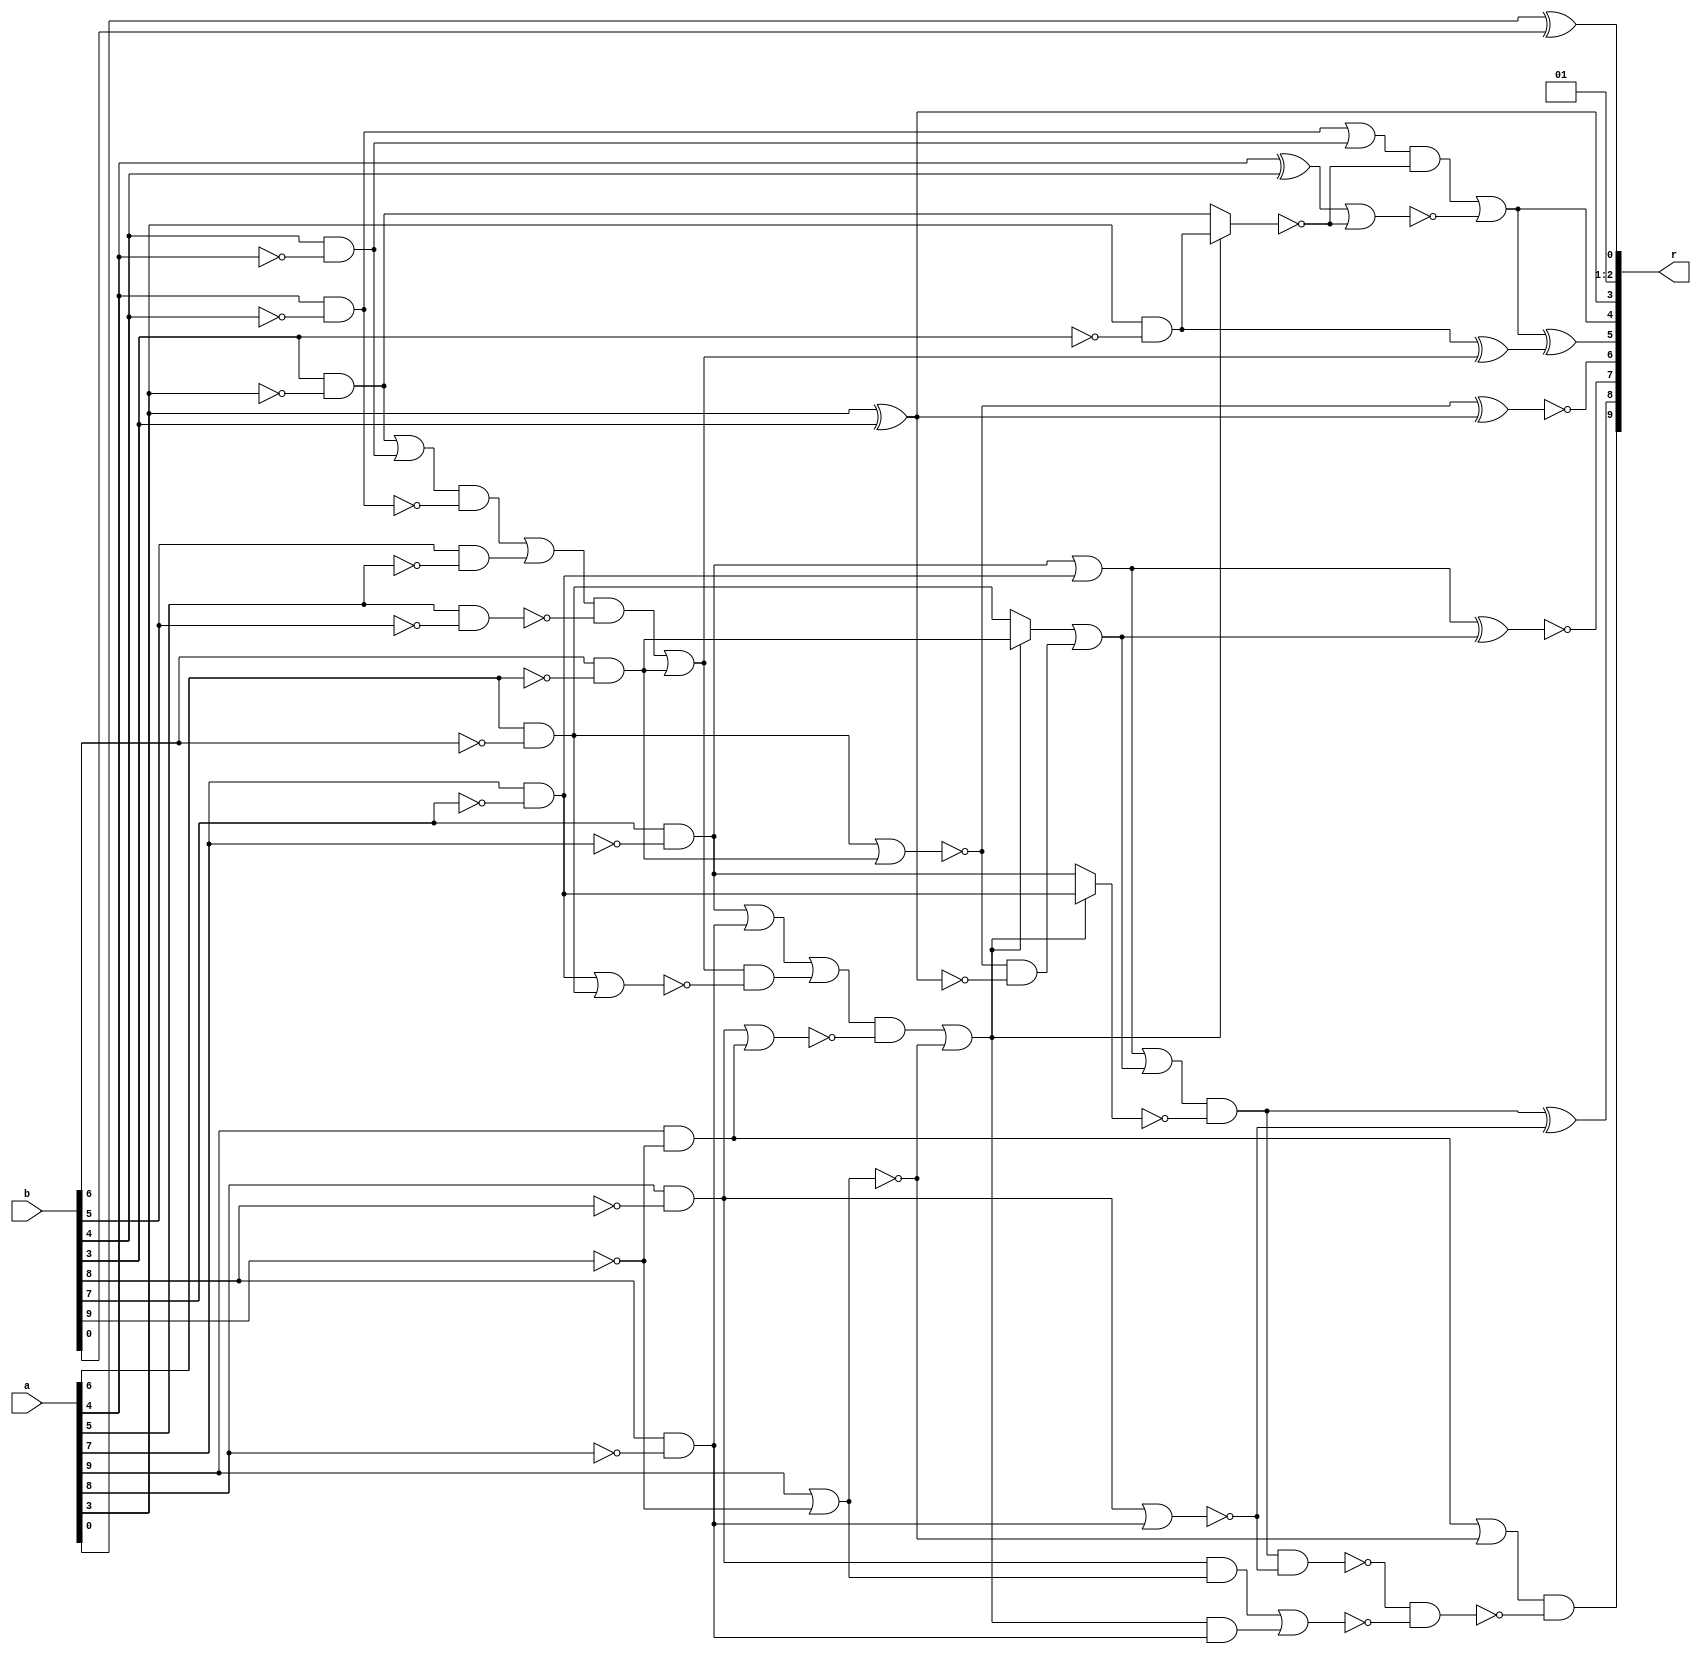
/* Generated by Yosys 0.9+4052 (git sha1 a5adb007, gcc 9.3.0-17ubuntu1~20.04 -fPIC -Os) */

module circ(a, b, r);
  wire _000_;
  wire _001_;
  wire _002_;
  wire _003_;
  wire _004_;
  wire _005_;
  wire _006_;
  wire _007_;
  wire _008_;
  wire _009_;
  wire _010_;
  wire _011_;
  wire _012_;
  wire _013_;
  wire _014_;
  wire _015_;
  wire _016_;
  wire _017_;
  wire _018_;
  wire _019_;
  wire _020_;
  wire _021_;
  wire _022_;
  wire _023_;
  wire _024_;
  wire _025_;
  wire _026_;
  wire _027_;
  wire _028_;
  wire _029_;
  wire _030_;
  wire _031_;
  wire _032_;
  wire _033_;
  wire _034_;
  wire _035_;
  wire _036_;
  wire _037_;
  wire _038_;
  wire _039_;
  wire _040_;
  wire _041_;
  wire _042_;
  wire _043_;
  wire _044_;
  wire _045_;
  wire _046_;
  wire \U0.U1.new_n29 ;
  wire \U0.U1.new_n45 ;
  wire \U0.U1.new_n51 ;
  wire \U0.U2.DUT1.k0 ;
  wire \U0.po00 ;
  wire \U0.po03 ;
  wire \U0.po05 ;
  wire \U0.po07 ;
  input [9:0] a;
  input [9:0] b;
  output [9:0] r;
  assign \U0.po03  = a[3] ^ b[3];
  assign _000_ = b[6] & ~(a[6]);
  assign _001_ = a[6] & ~(b[6]);
  assign _002_ = ~(_001_ | _000_);
  assign _003_ = _002_ & ~(\U0.po03 );
  assign _004_ = a[9] | ~(b[9]);
  assign _005_ = b[5] & ~(a[5]);
  assign _006_ = b[4] & ~(a[4]);
  assign _007_ = b[3] & ~(a[3]);
  assign _008_ = _007_ | _006_;
  assign _009_ = a[4] & ~(b[4]);
  assign _010_ = _008_ & ~(_009_);
  assign _011_ = _010_ | _005_;
  assign _012_ = a[5] & ~(b[5]);
  assign _013_ = _011_ & ~(_012_);
  assign _014_ = _013_ | _000_;
  assign _015_ = a[7] & ~(b[7]);
  assign _016_ = _015_ | _001_;
  assign _017_ = _014_ & ~(_016_);
  assign _018_ = b[8] & ~(a[8]);
  assign _019_ = b[7] & ~(a[7]);
  assign _020_ = _019_ | _018_;
  assign _021_ = _020_ | _017_;
  assign _022_ = a[9] & ~(b[9]);
  assign _023_ = a[8] & ~(b[8]);
  assign _024_ = _023_ | _022_;
  assign _025_ = _021_ & ~(_024_);
  assign _026_ = _025_ | ~(_004_);
  assign _027_ = _026_ ? _000_ : _001_;
  assign _028_ = _027_ | _003_;
  assign _029_ = _019_ | _015_;
  assign \U0.po07  = ~(_029_ ^ _028_);
  assign _030_ = a[3] & ~(b[3]);
  assign _031_ = _030_ ^ _014_;
  assign _032_ = a[4] ^ b[4];
  assign _033_ = _026_ ? _030_ : _007_;
  assign _034_ = _032_ | ~(_033_);
  assign _035_ = _009_ | _006_;
  assign _036_ = _035_ & ~(_033_);
  assign \U0.U2.DUT1.k0  = _036_ | ~(_034_);
  assign \U0.po05  = \U0.U2.DUT1.k0  ^ _031_;
  assign \U0.po00  = a[0] ^ b[0];
  assign \U0.U1.new_n29  = ~(_002_ ^ \U0.po03 );
  assign _037_ = ~(_023_ | _018_);
  assign _038_ = _029_ | _028_;
  assign _039_ = _026_ ? _015_ : _019_;
  assign _040_ = _038_ & ~(_039_);
  assign \U0.U1.new_n45  = _040_ ^ _037_;
  assign _041_ = _022_ | ~(_004_);
  assign _042_ = ~(_040_ & _037_);
  assign _043_ = _026_ & _018_;
  assign _044_ = _023_ & _004_;
  assign _045_ = _044_ | _043_;
  assign _046_ = _042_ & ~(_045_);
  assign \U0.U1.new_n51  = _041_ & ~(_046_);
  assign r = { \U0.U1.new_n51 , \U0.U1.new_n45 , \U0.po07 , \U0.U1.new_n29 , \U0.po05 , \U0.U2.DUT1.k0 , \U0.po03 , 2'h1, \U0.po00  };
endmodule